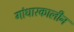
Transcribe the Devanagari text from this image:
गांधारकालीन